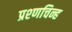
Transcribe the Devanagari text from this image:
प्रश्णचिन्ह